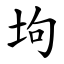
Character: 坸